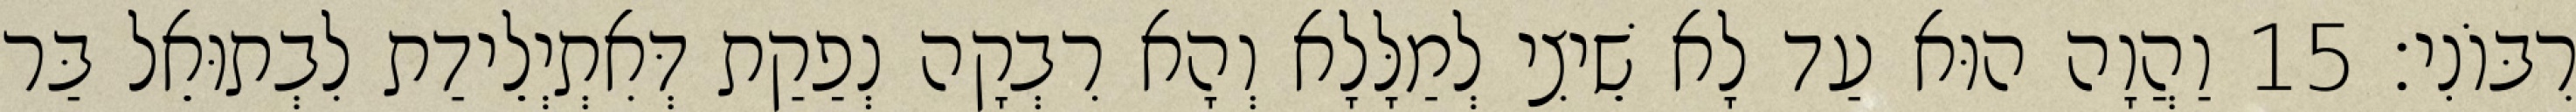
רִבּוֹנִי׃ 15 וַהֲוָה הוּא עַד לָא שֵׁיצִי לְמַלָּלָא וְהָא רִבְקָה נְפַקַת דְּאִתְיְלֵידַת לִבְתוּאֵל בַּר